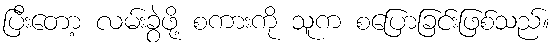
ပြီးတော့ လမ်းခွဲဖို့ စကားကို သူက စပြောခြင်းဖြစ်သည်။